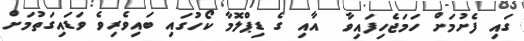
ގައި ފެށުމަށް ހަމަޖެހިފައިވާ  އާއި ގެ ޑިޕްލޮމާ ކޯހުގައި ބައިވެރިވެ ވަޑައިގަތުމަށް